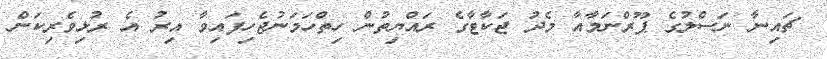
ޗައިނާ ނަސްލުގެ ޕޫރްނަމާއާ މެދު ޖަކާޓާގެ ރައްޔިތުން ހިތްހަމަނުޖެހިފައިވާ އިރު އެ ރުޅިވެރިކަން